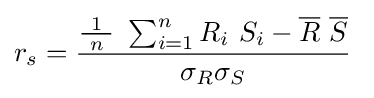
r_{s}={\frac {{\frac {\ 1\ }{n}}\ \sum _{i=1}^{n}R_{i}\ S_{i}-{\overline {R}}\ {\overline {S}}}{\sigma _{R}\sigma _{S}}}\